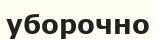
уборочно